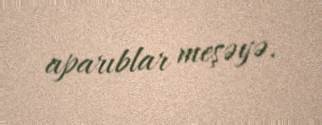
aparıblar meşəyə.